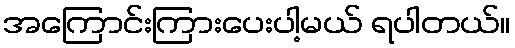
အကြောင်းကြားပေးပါ့မယ် ရပါတယ်။